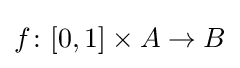
f\colon [0,1]\times A\to B